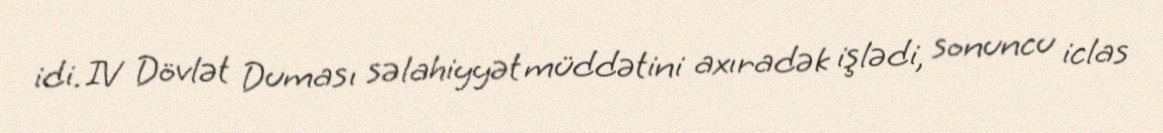
idi. IV Dövlət Duması səlahiyyət müddətini axıradək işlədi, sonuncu iclas